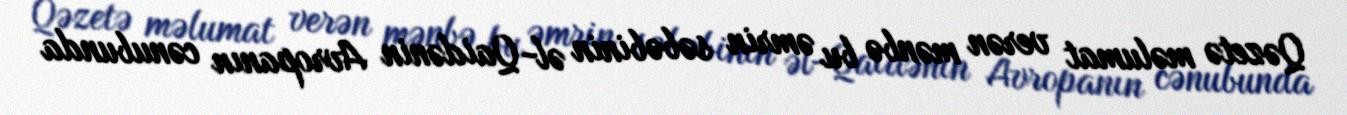
Qəzetə məlumat verən mənbə bu əmrin səbəbinin əl-Qaidənin Avropanın cənubunda